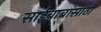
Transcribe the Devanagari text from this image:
साईबाबांसाठी